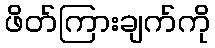
ဖိတ်ကြားချက်ကို